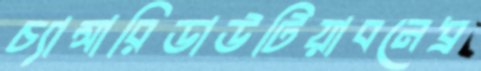
চ্যান্সারিডাউটিয়াবনেধ্র